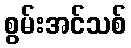
စွမ်းအင်သစ်